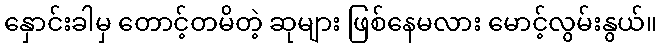
နှောင်းခါမှ တောင့်တမိတဲ့ ဆုများ ဖြစ်နေမလား မောင့်လွမ်းနွယ်။